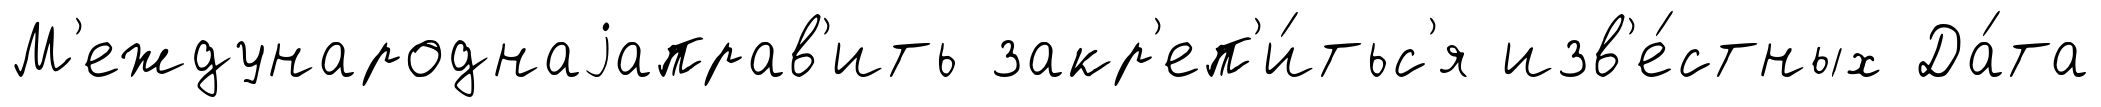
М'еждународнаjаправ'ить закр'еп'и́тьс'я изв'е́стных Да́та